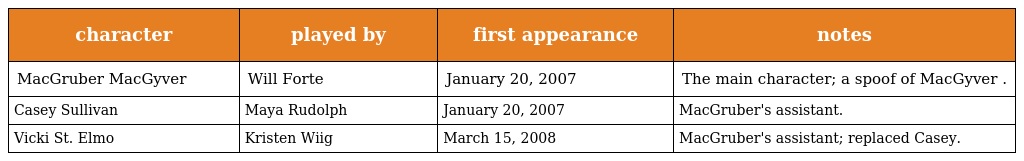
| character | played by | first appearance | notes |
 | --- | --- | --- | --- |
 | MacGruber MacGyver | Will Forte | January 20, 2007 | The main character; a spoof of MacGyver . |
 | Casey Sullivan | Maya Rudolph | January 20, 2007 | MacGruber's assistant. |
 | Vicki St. Elmo | Kristen Wiig | March 15, 2008 | MacGruber's assistant; replaced Casey. |